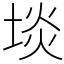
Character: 埮